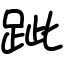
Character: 跐